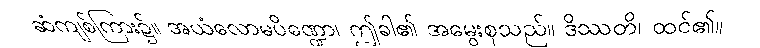
ဆံကျစ်ကြား၌။ အယံလောမပိဏ္ဍော၊ ဤခါ၏ အမွေးစုသည်။ ဒိဿတိ၊ ထင်၏။